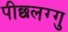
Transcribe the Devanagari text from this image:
पीछलग्गु